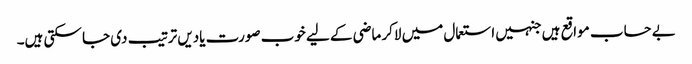
بے حساب مواقع ہیں جنہیں استعمال میں لاکر ماضی کے لیے خوب صورت یادیں ترتیب دی جا سکتی ہیں۔